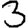
Digit: 3